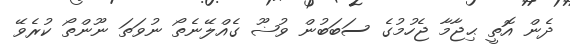
ދެން އޮތީ ޙިޖާމާ ޖެހުމުގެ ސަބަބުން ވުޟޫ ގެއްލޭނެތޯ ނުވަތަ ނޫންތޯ ކުރެވޭ